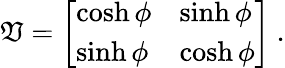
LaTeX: \mathfrak{V}=\left[\begin{array}{ll}{{\cosh\phi}}&{{\sinh\phi}}\\ {{\sinh\phi}}&{{\cosh\phi}}\end{array}\right]\ .